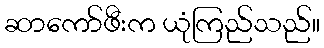
ဆာကော်ဖီးက ယုံကြည်သည်။